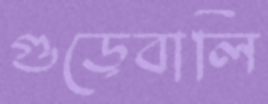
গুড়েবালি